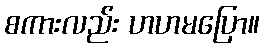
စကားလည်း ဟဟမပြော။